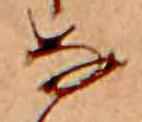
な